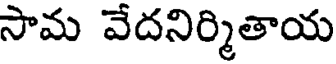
సామ వేదనిర్మితాయ